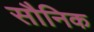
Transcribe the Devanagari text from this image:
सौनिक